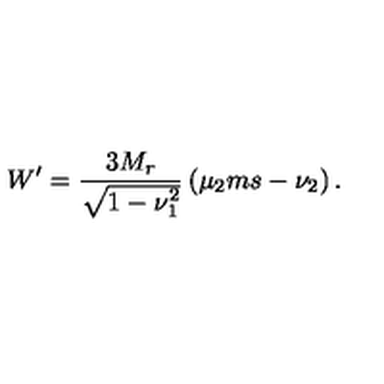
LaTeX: W ^ { \prime } = \frac { 3 M _ { r } } { \sqrt { 1 - \nu _ { 1 } ^ { 2 } } } \left( \mu _ { 2 } m s - \nu _ { 2 } \right) .